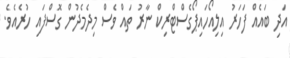
އަދި ބައެއް ފަހަރު އިލިއޯހައިޕޯގެސްޓްރިކް ނާރު ތައް ވެސް މިދެމެދުން ގޮސްފައި ހުރެއެވެ.